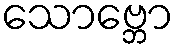
သောဗ္ဘော